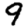
Digit: 9